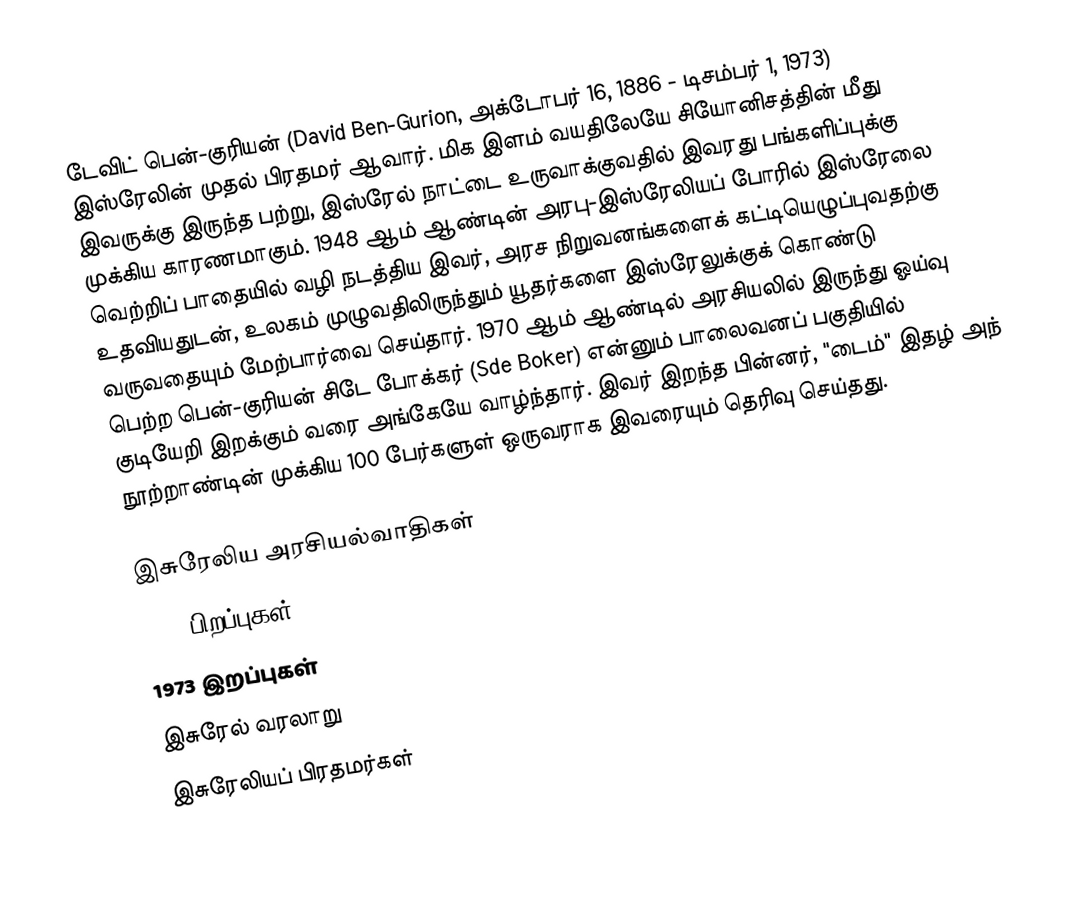
டேவிட் பென்-குரியன்  (David Ben-Gurion, அக்டோபர் 16, 1886 - டிசம்பர் 1, 1973) இஸ்ரேலின் முதல் பிரதமர் ஆவார். மிக இளம் வயதிலேயே சியோனிசத்தின் மீது இவருக்கு இருந்த பற்று, இஸ்ரேல் நாட்டை உருவாக்குவதில் இவரது பங்களிப்புக்கு முக்கிய காரணமாகும். 1948 ஆம் ஆண்டின் அரபு-இஸ்ரேலியப் போரில் இஸ்ரேலை வெற்றிப் பாதையில் வழி நடத்திய இவர், அரச நிறுவனங்களைக் கட்டியெழுப்புவதற்கு உதவியதுடன், உலகம் முழுவதிலிருந்தும் யூதர்களை இஸ்ரேலுக்குக் கொண்டு வருவதையும் மேற்பார்வை செய்தார். 1970 ஆம் ஆண்டில் அரசியலில் இருந்து ஓய்வு பெற்ற பென்-குரியன் சிடே போக்கர் (Sde Boker) என்னும் பாலைவனப் பகுதியில் குடியேறி இறக்கும் வரை அங்கேயே வாழ்ந்தார். இவர் இறந்த பின்னர், "டைம்" இதழ் அந் நூற்றாண்டின் முக்கிய 100 பேர்களுள் ஒருவராக இவரையும் தெரிவு செய்தது.

இசுரேலிய அரசியல்வாதிகள்
1886 பிறப்புகள்
1973 இறப்புகள்
இசுரேல் வரலாறு
இசுரேலியப் பிரதமர்கள்